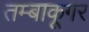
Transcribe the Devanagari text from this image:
तम्बाकूगर